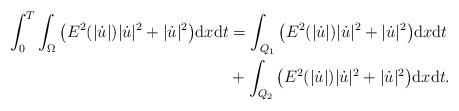
LaTeX: \begin{align*}\int_0^T \int_{\Omega} \big(E^2(|\dot{u}|)|\dot{u}|^2 + |\dot{u}|^2 \big) \mathrm{d}x \mathrm{d}t &= \int_{Q_1} \big(E^2(|\dot{u}|)|\dot{u}|^2 + |\dot{u}|^2\big) \mathrm{d}x \mathrm{d}t\\&+\int_{Q_2} \big(E^2(|\dot{u}|)|\dot{u}|^2 + |\dot{u}|^2\big) \mathrm{d}x \mathrm{d}t.\end{align*}